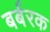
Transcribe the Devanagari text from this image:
बर्बरक